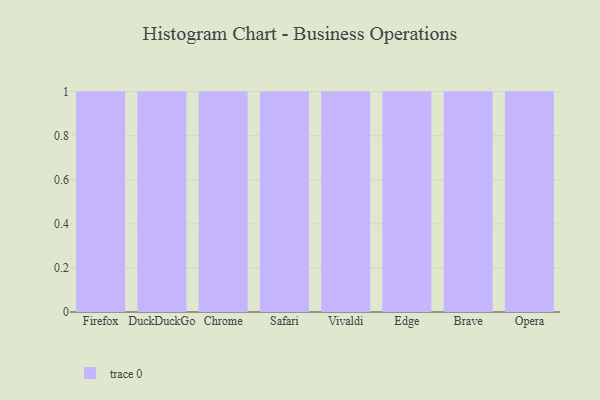
{"axis": {"x": "Browser", "y": "Satisfaction Score"}, "legend": [""], "data": [{"x": "Firefox", "y": 94, "type": ""}, {"x": "DuckDuckGo", "y": 40, "type": ""}, {"x": "Chrome", "y": 94, "type": ""}, {"x": "Safari", "y": 32, "type": ""}, {"x": "Vivaldi", "y": 2, "type": ""}, {"x": "Edge", "y": 20, "type": ""}, {"x": "Brave", "y": 15, "type": ""}, {"x": "Opera", "y": 65, "type": ""}]}